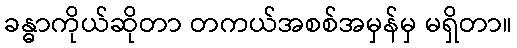
ခန္ဓာကိုယ်ဆိုတာ တကယ်အစစ်အမှန်မှ မရှိတာ။